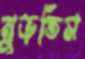
মুড়তিস